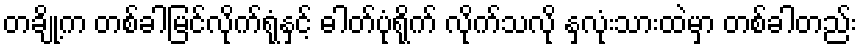
တချို့က တစ်ခါမြင်လိုက်ရုံနှင့် ဓါတ်ပုံရိုက် လိုက်သလို နှလုံးသားထဲမှာ တစ်ခါတည်း